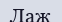
Лаж